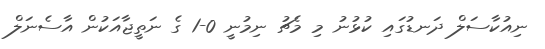
ނިއުކާސަލް ދަނޑުގައި ކުޅުނު މި މެޗު ނިމުނީ 0-1 ގެ ނަތީޖާއަކުން އާސެނަލް